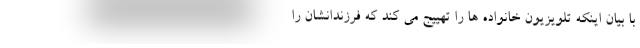
با بیان اینکه تلویزیون خانواده ها را تهییج می کند که فرزندانشان را